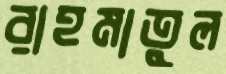
রাহমাতুল